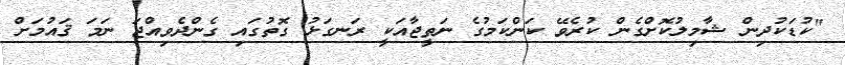
"ކުޑަކުދިން ޝާމިލުކޮށްގެން ކުރެވޭ ކަންކަމުގެ ނަތީޖާއަކީ ރަނގަޅު ގޮތުގައި ގެންދެވިއްޖަ ނަމަ ޤައުމަށް